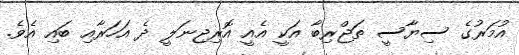
އުމަރުގެ ސިޔާސީ ތަޖްރިބާ އަކީ އެއީ އޮރިޖިނަލީ ދެ އަހަރާއި ބައި އެވެ.